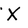
Character: X